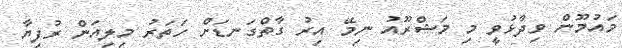
މައުމޫން ވިދާޅުވީ މި މަޝްރޫއު ނިމޭ އިރު ގާތްގަނޑަށް ހަތަރު މިލިއަން ރުފިޔާ